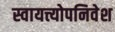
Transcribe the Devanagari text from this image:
स्वायत्त्योपनिवेश